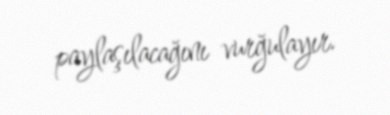
paylaşılacağını vurğulayır.